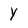
Character: Y